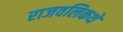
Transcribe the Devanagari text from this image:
राजवलिकथे